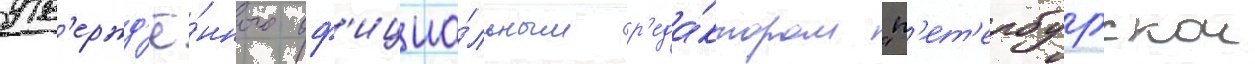
утв'ержд'ё́нного оф'ициа́льным р'еда́ктором "п'ет'ербургскои